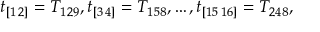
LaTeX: t _ { [ 1 \, 2 ] } = T _ { 1 2 9 } , t _ { [ 3 \, 4 ] } = T _ { 1 5 8 } , \ldots , t _ { [ 1 5 \, 1 6 ] } = T _ { 2 4 8 } ,